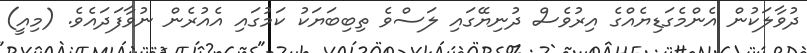
ދުވާލަކުން އެންމެގަޑިޔެއްގެ އިރުވެސް ދުނިޔޭގައި ލަސްވެ ތިބިބަޔަކު ކަމުގައި އެއުރެން ނުވާފަދައެވެ. (މިއީ)